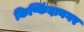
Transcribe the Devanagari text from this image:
किष्किंदानगर